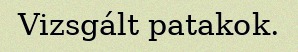
Vizsgált patakok.